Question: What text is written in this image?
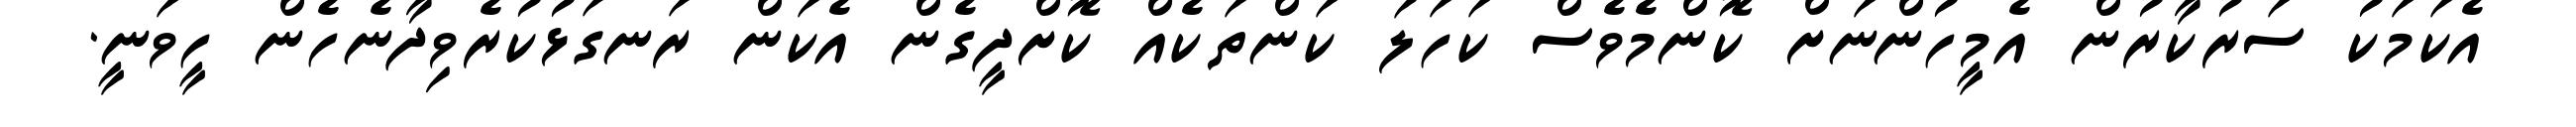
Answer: އެކަމަކު ސަރުކާރުން އެމީހުންނަށް ކޮންމެވެސް ކަހަލަ ކަންތަކެއް ކޮށްދީގެން އެކަން ރަނގަޅުކުރެވިދާނެހެން ހީވަނީ.